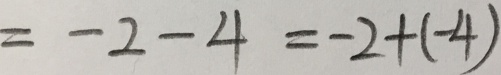
= - 2 - 4 = - 2 + ( - 4 )